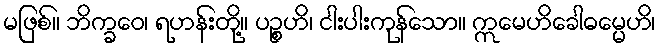
မဖြစ်။ ဘိက္ခဝေ၊ ရဟန်းတို့။ ပဉ္စဟိ၊ ငါးပါးကုန်သော။ ဣမေဟိခေါဓမ္မေဟိ၊